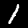
Digit: 1